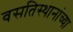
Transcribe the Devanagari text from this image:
वसतिस्थानांच्या